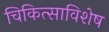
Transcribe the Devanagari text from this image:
चिकित्साविशेष